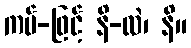
ကပ်-ဖြင့် နိ-လဲ၊ နိ။